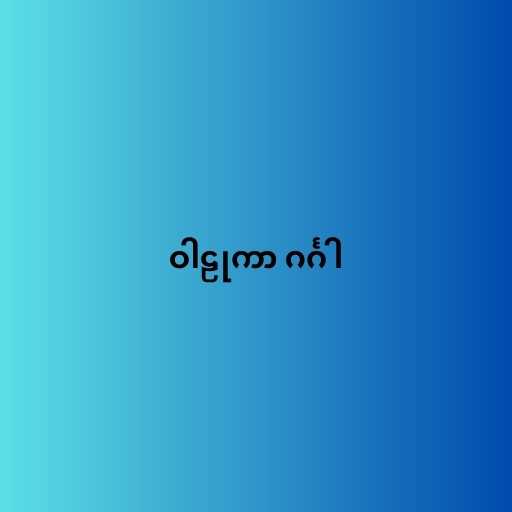
ဝါဠုကာ ဂင်္ဂါ